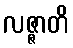
လဇ္ဇာတိ